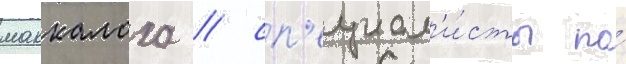
маккалоха / сп'ециал'и́сты по́